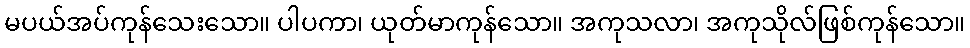
မပယ်အပ်ကုန်သေးသော။ ပါပကာ၊ ယုတ်မာကုန်သော။ အကုသလာ၊ အကုသိုလ်ဖြစ်ကုန်သော။